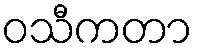
ဝသီကတာ